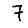
Digit: 7